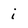
Character: i